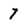
Character: 7